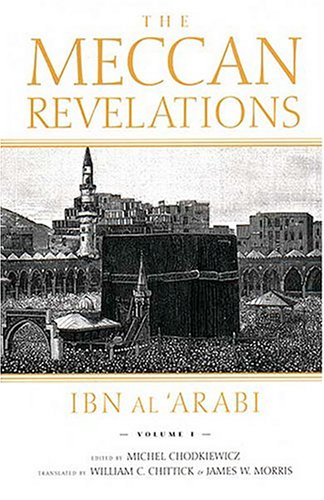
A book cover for The Meccan Revelations, volume I; Ibn al'Arabi; Religion & Spirituality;